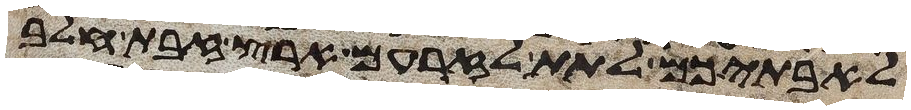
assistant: לאבתיכם לתת לזרעם ארץ זבת חלב